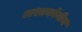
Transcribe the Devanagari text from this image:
अश्तकोनीय